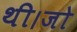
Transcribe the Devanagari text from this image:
थी।जो